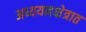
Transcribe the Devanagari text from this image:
अध्ययनक्षेत्रात